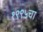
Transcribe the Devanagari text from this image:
१९९५चा